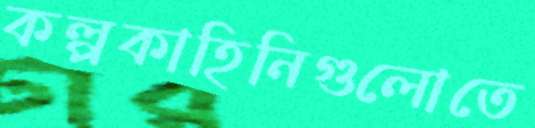
কল্পকাহিনিগুলোতে